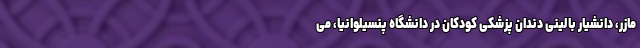
مازر، دانشیار بالینی دندان پزشکی کودکان در دانشگاه پنسیلوانیا، می